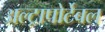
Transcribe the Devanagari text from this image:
अल्ट्रापोर्टेबल